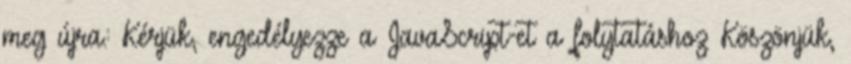
meg újra.: Kérjük, engedélyezze a JavaScript-et a folytatáshoz Köszönjük,